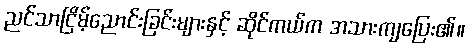
ညင်သာငြိမ့်ညောင်းခြင်းများနှင့် ဆိုင်ကယ်က အသားကျပြေး၏။